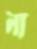
না